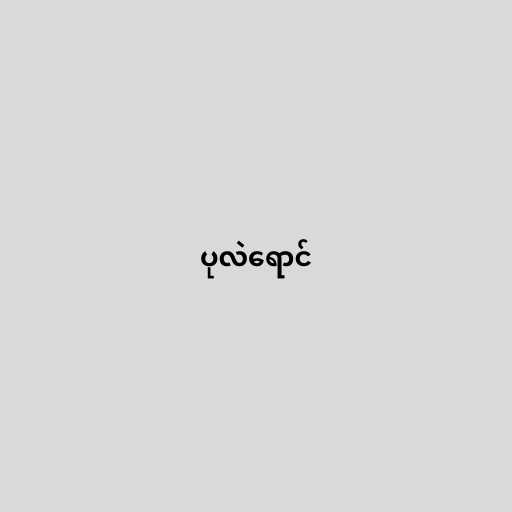
ပုလဲရောင်